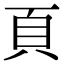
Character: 頁